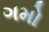
ગમો